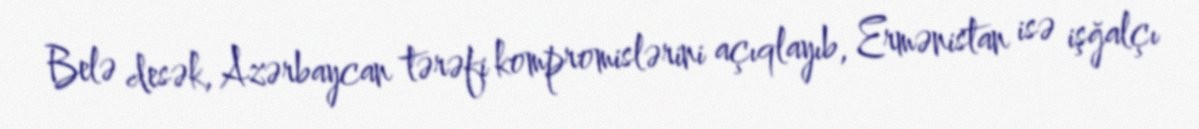
Belə desək, Azərbaycan tərəfi kompromislərini açıqlayıb, Ermənistan isə işğalçı